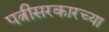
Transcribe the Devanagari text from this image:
पत्रीसरकारच्या